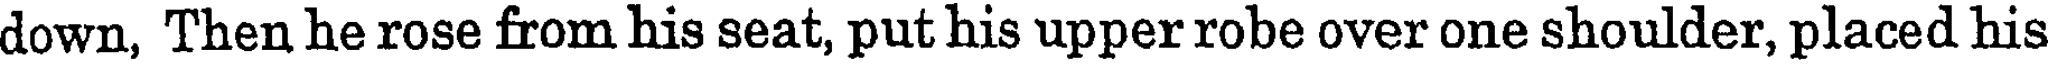
down, Then he rose from his seat, put his upper robe over one shoulder, placed his